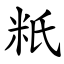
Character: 䉻